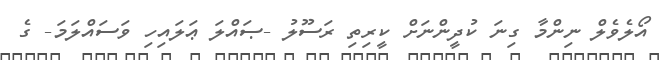
އޯލެވެލް ނިންމާ ގިނަ ކުދީންނަށް ކީރިތި ރަސޫލު -ޞައްލަ ޢަލައިހި ވަސައްލަމަ- ގެ